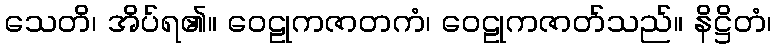
သေတိ၊ အိပ်ရ၏။ ဝေဠုကဇာတကံ၊ ဝေဠုကဇာတ်သည်။ နိဋ္ဌိတံ၊